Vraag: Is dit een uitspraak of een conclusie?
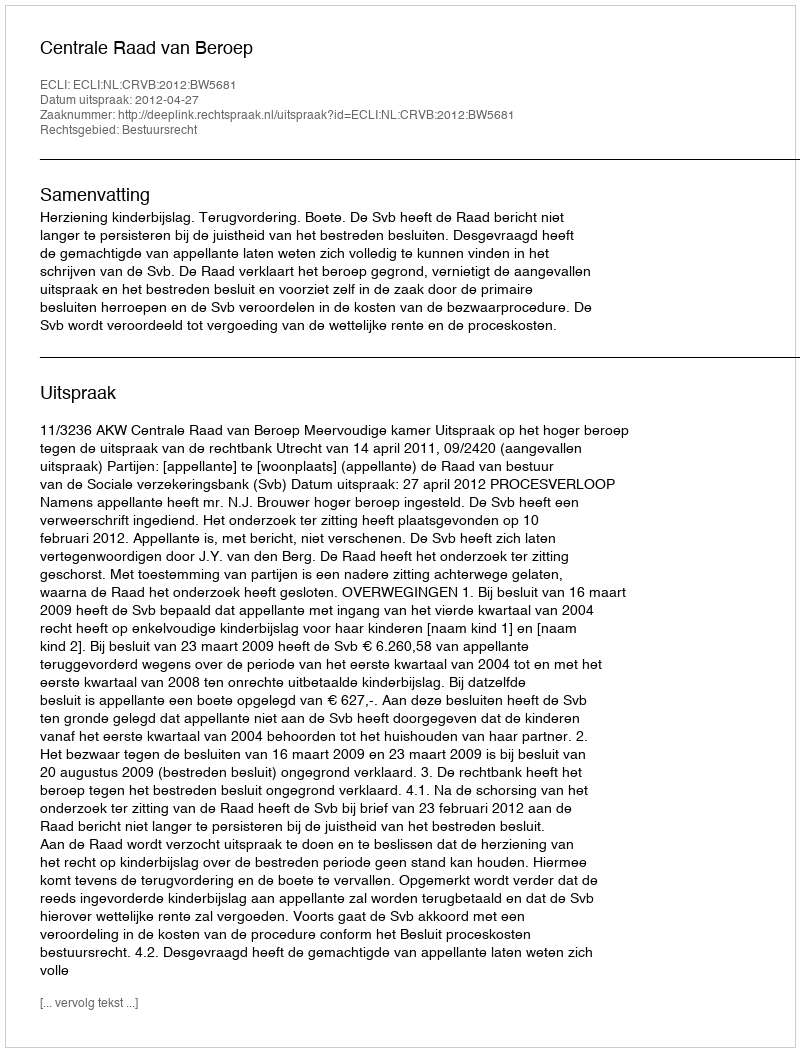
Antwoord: Uitspraak